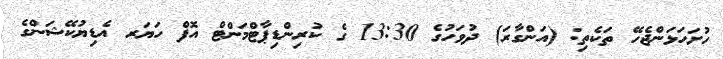
ހުށަހަޅަންޖެހޭ ތަކެތި: (އަންގާރަ) ދުވަހުގެ 13:30 ގެ ކުރިންޑިޕާޓްމަންޓް އޮފް ހަޔަރ އެޑިޔުކޭޝަންގެ